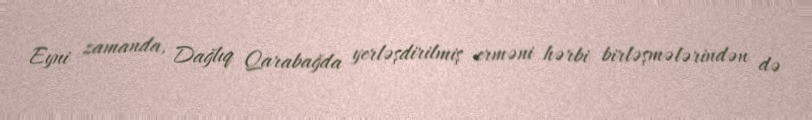
Eyni zamanda, Dağlıq Qarabağda yerləşdirilmiş erməni hərbi birləşmələrindən də